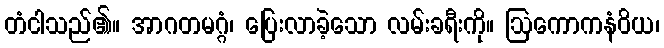
တံငါသည်၏။ အာဂတမဂ္ဂံ၊ ပြေးလာခဲ့သော လမ်းခရီးကို။ ဩကောကနံဝိယ၊